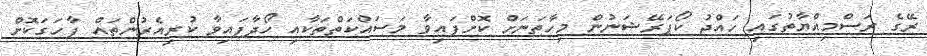
ރޭގެ ރަސްމިއްޔާތުގައި ހައްޖު ކޯޕަރޭޝަނުން މިހާތަނަށް ކޮށްފައިވާ މަސައްކަތްތަކާއި ހޯދާފައިވާ ކުރިއެރުންތައް ފާހަގަކޮށް